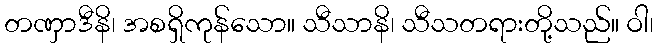
တဏှာဒီနိ၊ အစရှိကုန်သော။ သီသာနိ၊ သီသတရားတို့သည်။ ဝါ၊